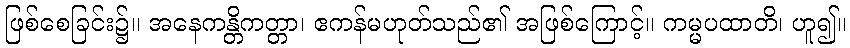
ဖြစ်စေခြင်း၌။ အနေကန္တိကတ္တာ၊ ဧကန်မဟုတ်သည်၏ အဖြစ်ကြောင့်။ ကမ္မပထာတိ၊ ဟူ၍။